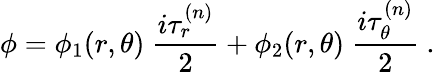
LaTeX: \phi=\phi_{1}(r,\theta)\ \frac{i\tau_{r}^{(n)}}{2}+\phi_{2}(r,\theta)\ \frac{i\tau_{\theta}^{(n)}}{2}\ .